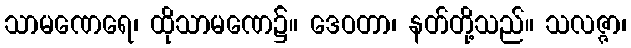
သာမဏေရေ၊ ထိုသာမဏေ၌။ ဒေဝတာ၊ နတ်တို့သည်။ သလဇ္ဇာ၊